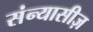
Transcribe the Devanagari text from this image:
संन्यासीज़